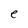
Character: e